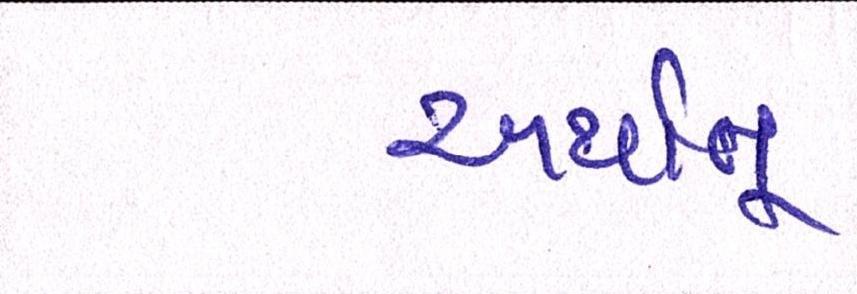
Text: અર્થાત્